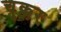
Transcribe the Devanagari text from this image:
चुक्कर